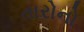
તારોનો